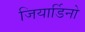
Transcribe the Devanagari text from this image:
जियार्डिनो